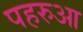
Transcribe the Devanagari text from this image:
पहरुआ